Source: Handwritten
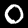
Digit: ၀ (0)